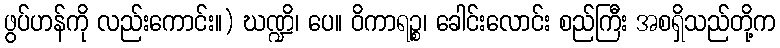
ဖွပ်ဟန်ကို လည်းကောင်း။) ဃဏ္ဍိ၊ ပေ။ ဝိကာရဉ္စ၊ ခေါင်းလောင်း စည်ကြီး အစရှိသည်တို့က